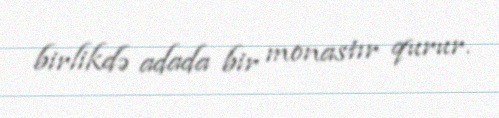
birlikdə adada bir monastır qurur.